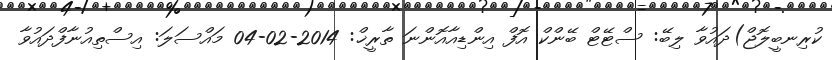
ކުރިނބީލޮޖް)ދައުވާ ލިބޭ: ސްޓޭޓް ބޭންކް އޮފް އިންޑިއާއޮންނަ ތާރީޚް: 2014-02-04 މައްސަލަ: އިސްތިއުނާފްދައުވާ